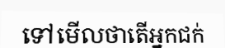
ទៅមើលថាតើអ្នកជក់